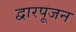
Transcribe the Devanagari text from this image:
द्वारपूजन